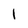
Character: l